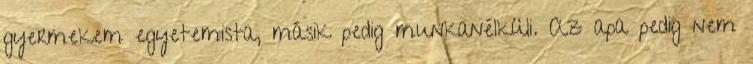
gyermekem egyetemista, másik pedig munkanélküli. Az apa pedig nem